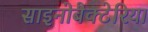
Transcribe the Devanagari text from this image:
साइनोबैक्टेरिया